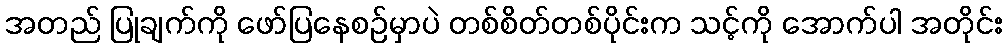
အတည် ပြုချက်ကို ဖော်ပြနေစဉ်မှာပဲ တစ်စိတ်တစ်ပိုင်းက သင့်ကို အောက်ပါ အတိုင်း